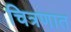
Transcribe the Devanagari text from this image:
चित्रणात